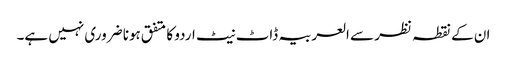
ان کے نقطہ نظر سے العربیہ ڈاٹ نیٹ اردو کا متفق ہونا ضروری نہیں ہے۔